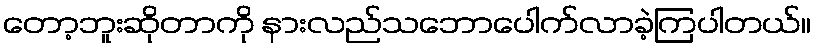
တော့ဘူးဆိုတာကို နားလည်သဘောပေါက်လာခဲ့ကြပါတယ်။